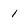
Character: 1